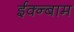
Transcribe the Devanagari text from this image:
ईक्न्बाम